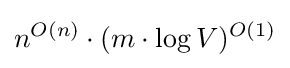
n^{O(n)}\cdot (m\cdot \log V)^{O(1)}